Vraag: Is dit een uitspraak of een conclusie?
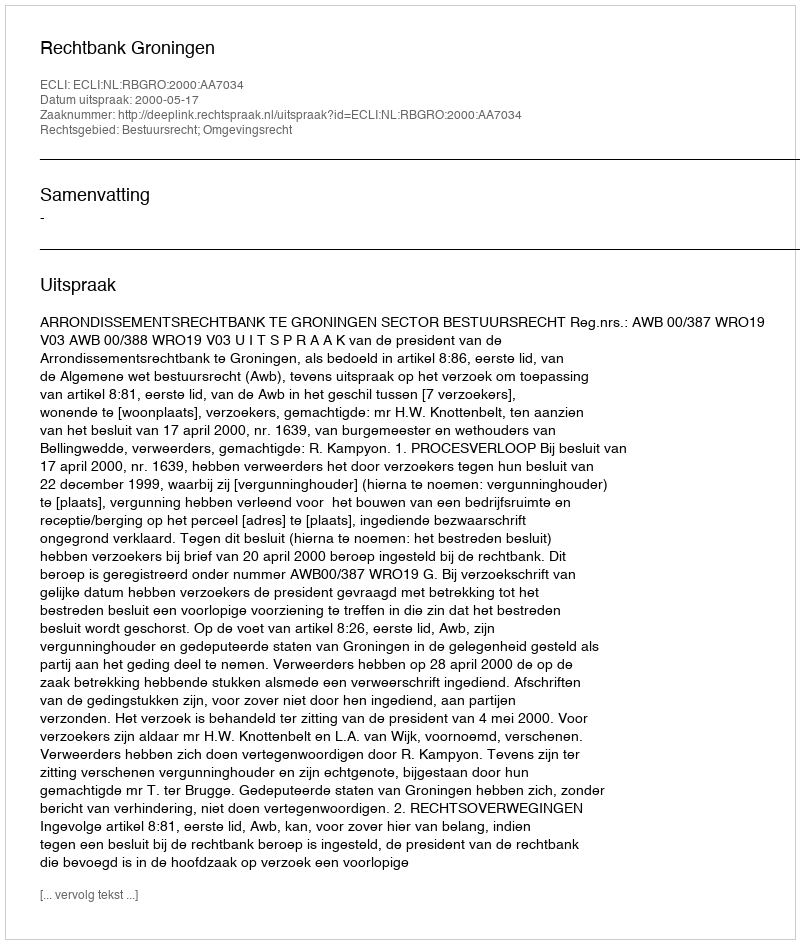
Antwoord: Uitspraak